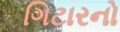
ગિટારનો